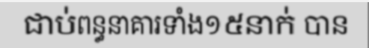
ជាប់ពន្ធនាគារទាំង១៥នាក់ បាន